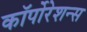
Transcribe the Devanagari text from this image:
कॉर्पोरेशन्‍स